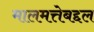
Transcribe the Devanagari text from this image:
मालमत्तेबद्दल